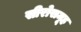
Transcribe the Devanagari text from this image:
सीरोसमूह